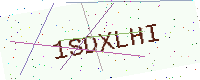
Text: 1SDXLHI